Civil Veterinary Department Bihar & Orissa reports 1929-36 - 1929-1936
Year: 1929
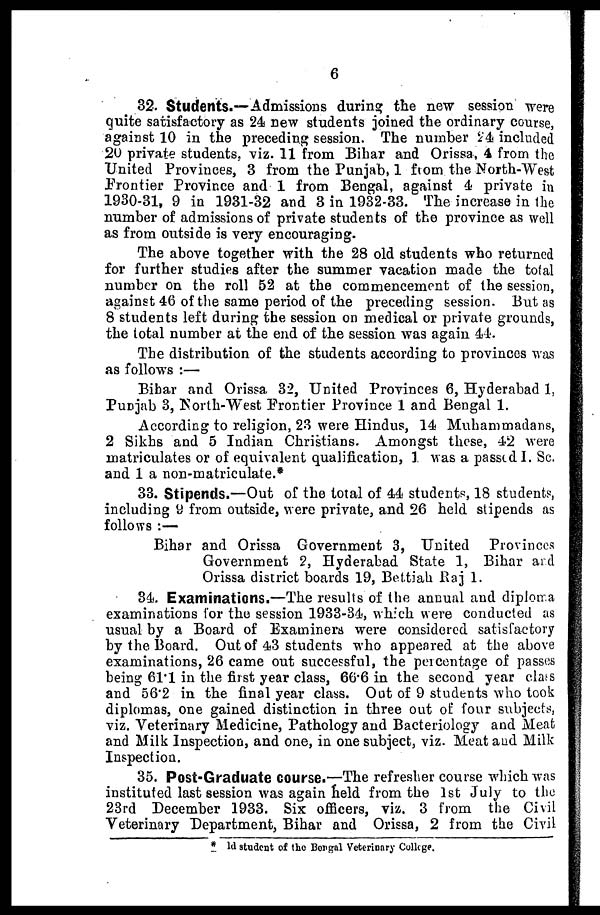
6
32. Students.—Admissions during the new session were
quite satisfactory as 24 new students joined the ordinary course,
against 10 in the preceding session. The number 24 included
20 private students, viz. 11 from Bihar and Orissa, 4 from the
United Provinces, 3 from the Punjab, 1 from the North-West
Frontier Province and 1 from Bengal, against 4 private in
1930-31, 9 in 1931-32 and 3 in 1932-33. The increase in the
number of admissions of private students of the province as well
as from outside is very encouraging.
The above together with the 28 old students who returned
for further studies after the summer vacation made the total
number on the roll 52 at the commencement of the session,
against 46 of the same period of the preceding session. But as
8 students left during the session on medical or private grounds,
the total number at the end of the session was again 44.
The distribution of the students according to provinces was
as follows:—
Bihar and Orissa 32, United Provinces 6, Hyderabad 1,
Punjab 3, North-West Frontier Province 1 and Bengal 1.
According to religion, 23 were Hindus, 14 Muhammadans,
2 Sikhs and 5 Indian Christians. Amongst these, 42 were
matriculates or of equivalent qualification, 1 was a passed I. Sc.
and 1 a non-matriculate.*
33. Stipends.—Out of the total of 44 students, 18 students,
including 9 from outside, were private, and 26 held stipends as
follows:—
Bihar and Orissa Government 3, United Provinces
Government 2, Hyderabad State 1, Bihar and
Orissa district boards 19, Bettiah Raj 1.
34. Examinations.—The results of the annual and diploma
examinations for the session 1933-34, which were conducted as
usual by a Board of Examiners were considered satisfactory
by the Board. Out of 43 students who appeared at the above
examinations, 26 came out successful, the percentage of passes
being 61.1 in the first year class, 66.6 in the second year class
and 56.2 in the final year class. Out of 9 students who took
diplomas, one gained distinction in three out of four subjects,
viz. Veterinary Medicine, Pathology and Bacteriology and Meat
and Milk Inspection, and one, in one subject, viz. Meat and Milk
Inspection.
35. Post-Graduate course.—The refresher course which was
instituted last session was again held from the 1st July to the
23rd December 1933. Six officers, viz. 3 from the Civil
Veterinary Department, Bihar and Orissa, 2 from the Civil
* ld student of the Bengal Veterinary College.